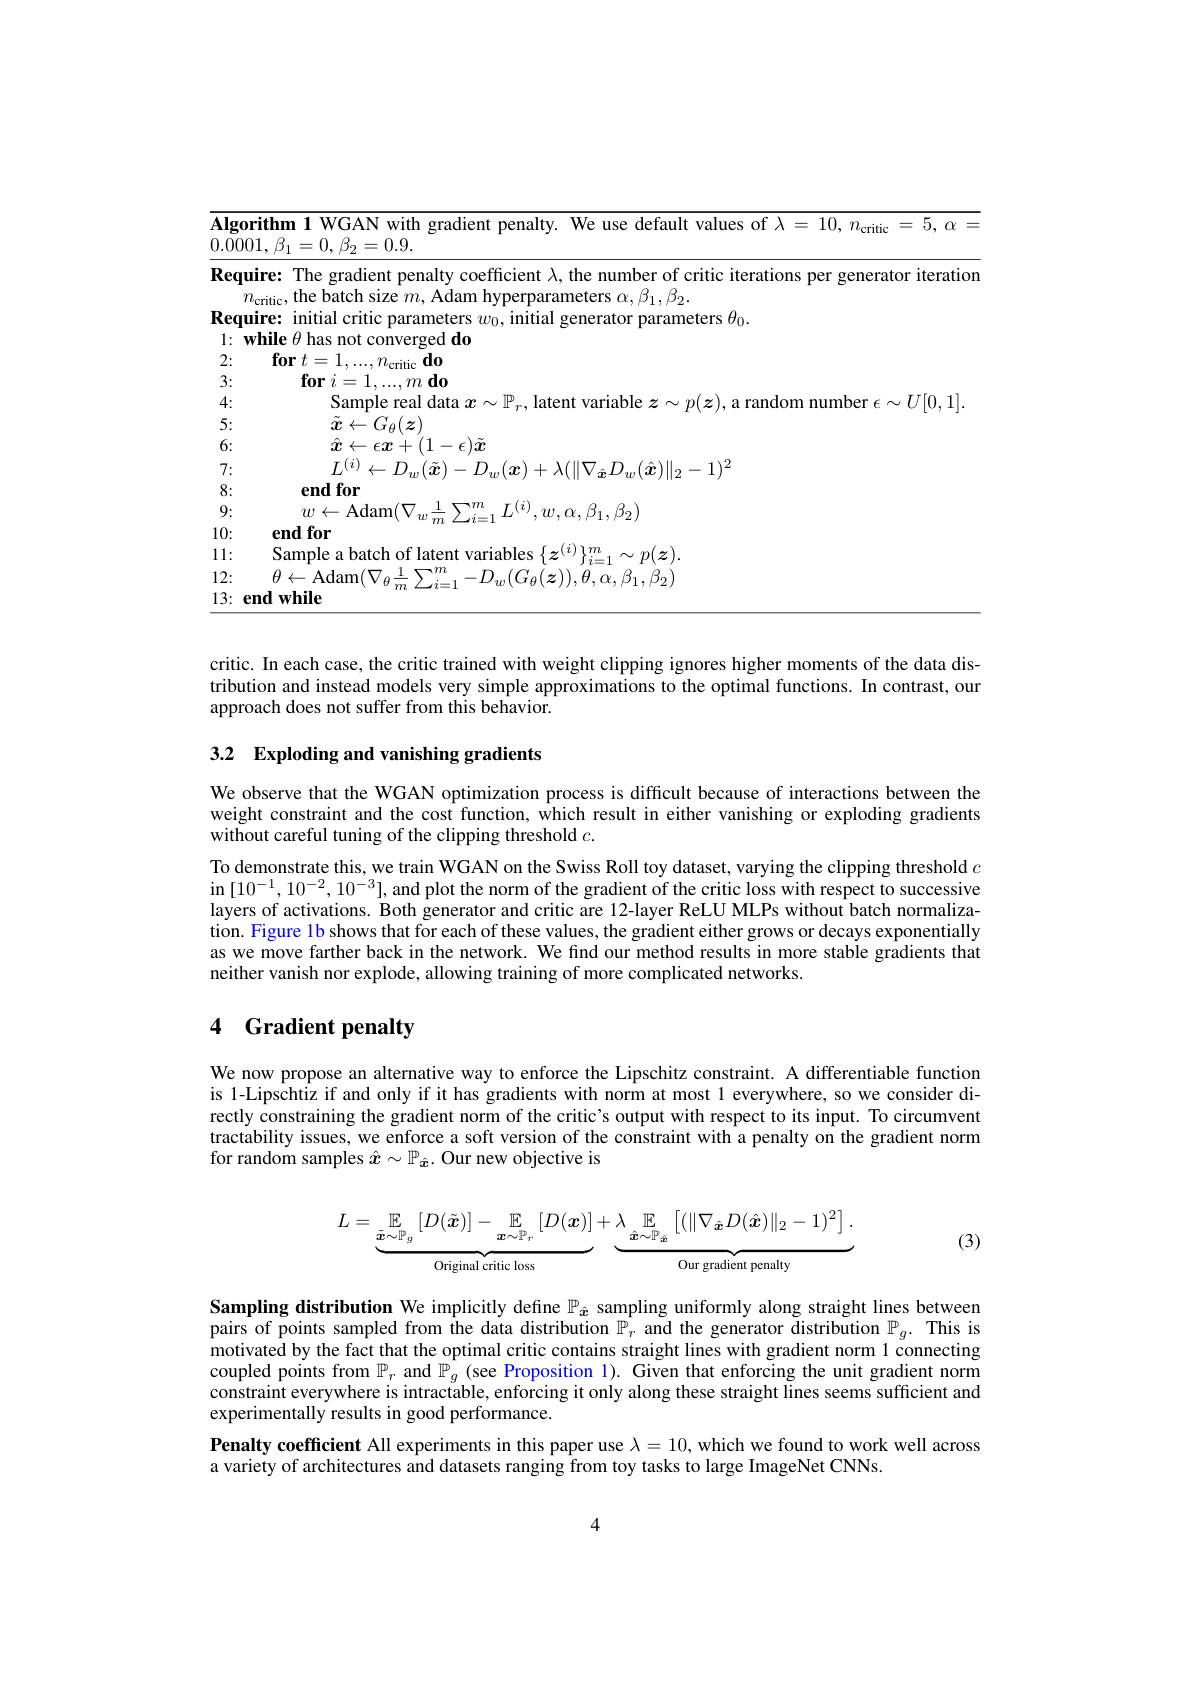
<table>
	<tbody>
		<tr>
			<td>$4lgo$ ).00</td>
			<td>$\textbf{orithm 1 WGAN with gradient penalty. We use default values of }\lambda = 10, n_{\mathrm{critic}}= 5, \alpha =$ $01,\beta_{1}=0,\beta_{2}=0.9$</td>
		</tr>
		<tr>
			<td>Req Req 1:</td>
			<td>uire: The gradient penalty coefficient $\lambda$, the number of critic iterations per generator iteratio $n_{\mathrm{critic}}$, the batch size $m$, Adam hyperparameters $\alpha,\beta_1,\beta_2.$ uire: initial critic parameters $w_0$, initial generator parameters $\theta_0.$ $\mathbf{while\theta}$ has not converged do</td>
		</tr>
		<tr>
			<td>$\angle L:$</td>
			<td>$1,...,n_{\mathrm{critic}}$do</td>
		</tr>
		<tr>
			<td>$S$</td>
			<td>101 $r7$ $\cdots\cdots$ $m\mathbf{d}0$</td>
		</tr>
		<tr>
			<td>4:</td>
			<td> </td>
		</tr>
		<tr>
			<td>5:</td>
			<td>$\ddot{x}\leftarrow G_{\theta}(\boldsymbol{z})$</td>
		</tr>
		<tr>
			<td>6:</td>
			<td>$\hat{x}\leftarrow\epsilon\boldsymbol{x}+(1-\epsilon)\tilde{\boldsymbol{x}}$</td>
		</tr>
		<tr>
			<td>7:</td>
			<td>1 $r_{\hat{\boldsymbol{r}}}D_{w}(\hat{\boldsymbol{x}})\|_{2}-1)^{2}$</td>
		</tr>
		<tr>
			<td>8:</td>
			<td>end for</td>
		</tr>
		<tr>
			<td>9:</td>
			<td>$w\leftarrow$Adam(V $111t$ $L^{(i)},w,\alpha,\beta_{1},\beta_{2})$</td>
		</tr>
		<tr>
			<td>10:</td>
			<td>end for</td>
		</tr>
		<tr>
			<td>1. 1 1 1 </td>
			<td>Samnle a bat $n(z)$</td>
		</tr>
		<tr>
			<td>12: 1</td>
			<td>$\theta\leftarrow$Adam$(\nabla$ $(G_{\theta}(\boldsymbol{z})),\theta,\alpha,\beta_{1},\beta_{2})$</td>
		</tr>
		<tr>
			<td>13: $\textbf{t}$</td>
			<td>emd d while</td>
		</tr>
	</tbody>
</table>

critic. In each case, the critic trained with weight clipping ignores higher moments of the data distribution and instead models very simple approximations to the optimal functions. In contrast, our approach does not suffer from this behavior.

3.2 Exploding and vanishing gradients

We observe that the WGAN optimization process is difficult because of interactions between the weight constraint and the cost function, which result in either vanishing or exploding gradients without careful tuning of the clipping threshold $c.$
To demonstrate this, we train WGAN on the Swiss Roll toy dataset, varying the clipping threshold $c$ in [ 1$0^{- 1}$, 1$0^{- 2}$, 1$0^{- 3}$] , and plot the norm of the gradient of the critic loss with respect to successive layers of activations. Both generator and critic are 12-layer ReLU MLPs without batch normalization. Figure lb shows that for each of these values, the gradient either grows or decays exponentially as we move farther back in the network. We find our method results in more stable gradients that neither vanish nor explode, allowing training of more complicated networks.

## 4 Gradient penalty

We now propose an alternative way to enforce the Lipschitz constraint. A differentiable function is 1-Lipschtiz if and only if it has gradients with norm at most l everywhere, so we consider directly constraining the gradient norm of the critic's output with respect to its input. To circumvent tractability issues, we enforce a soft version of the constraint with a penalty on the gradient norm for random samples $\hat{x}\sim\mathbb{P}_{\hat{x}}.$ Our new objective is
$$L=\underbrace{\mathbb{E}_{\tilde{\boldsymbol{x}}\sim\mathbb{P}_{g}}\left[D(\tilde{\boldsymbol{x}})\right]-\mathbb{E}_{\boldsymbol{x}\sim\mathbb{P}_{r}}\left[D(\boldsymbol{x})\right]}_{\text{Original critic loss}}+\underbrace{\mathbb{E}_{\hat{\boldsymbol{x}}\sim\mathbb{P}_{\hat{\boldsymbol{x}}}}\left[(\|\nabla_{\hat{\boldsymbol{x}}}D(\hat{\boldsymbol{x}})\|_{2}-1)^{2}\right].}_{\text{Our gradient penalty}}$$
(3)

Sampling distribution We implicitly define $\mathbb{P}_{\hat{x}}$ sampling uniformly along straight lines between pairs of points sampled from the data distribution $\mathbb{P}_r$ and the generator distribution $\mathbb{P}_g.$ This is motivated by the fact that the optimal critic contains straight lines with gradient norm 1 connecting coupled points from $\mathbb{P}_r$ and $\mathbb{P}_g$ (see Proposition 1). Given that enforcing the unit gradient norm constraint everywhere is intractable, enforcing it only along these straight lines seems sufficient and experimentally results in good performance.
Penalty coefficient All experiments in this paper use $\lambda=10$, which we found to work well across
a variety of architectures and datasets ranging from toy tasks to large ImageNet CNNs.

4